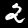
Digit: 2